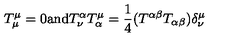
T _ { \mu } ^ { \mu } = 0 \mathrm { a n d } T _ { \nu } ^ { \alpha } T _ { \alpha } ^ { \mu } = \frac { 1 } { 4 } ( T ^ { \alpha \beta } T _ { \alpha \beta } ) \delta _ { \nu } ^ { \mu }